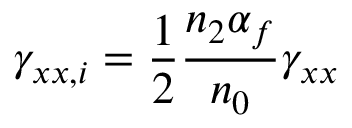
\gamma _ { x x , i } = \frac { 1 } { 2 } \frac { n _ { 2 } \alpha _ { f } } { n _ { 0 } } \gamma _ { x x }